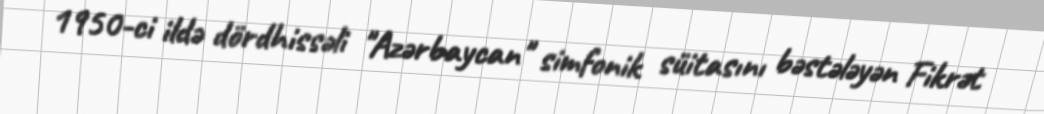
1950-ci ildə dördhissəli "Azərbaycan" simfonik süitasını bəstələyən Fikrət